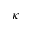
\kappa